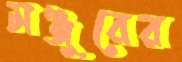
মঞ্জুরের